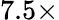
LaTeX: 7.5\times